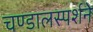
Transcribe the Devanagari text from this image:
चण्डालस्पर्शने